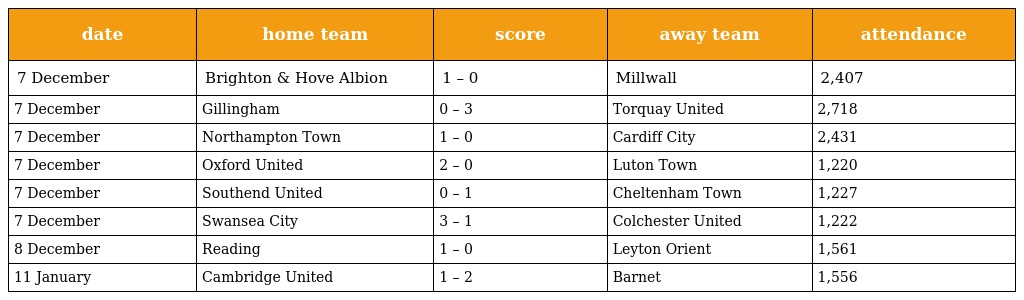
| date | home team | score | away team | attendance |
 | --- | --- | --- | --- | --- |
 | 7 December | Brighton & Hove Albion | 1 – 0 | Millwall | 2,407 |
 | 7 December | Gillingham | 0 – 3 | Torquay United | 2,718 |
 | 7 December | Northampton Town | 1 – 0 | Cardiff City | 2,431 |
 | 7 December | Oxford United | 2 – 0 | Luton Town | 1,220 |
 | 7 December | Southend United | 0 – 1 | Cheltenham Town | 1,227 |
 | 7 December | Swansea City | 3 – 1 | Colchester United | 1,222 |
 | 8 December | Reading | 1 – 0 | Leyton Orient | 1,561 |
 | 11 January | Cambridge United | 1 – 2 | Barnet | 1,556 |